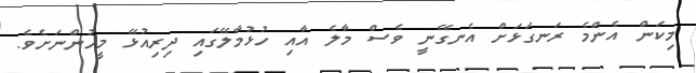
މިކަން އެންމެ ރަނގަޅަށް އެނގޭނީ ވެސް މާލެ އާއި ހުޅުމާލޭގައި ދިރިއުޅޭ މީހުންނަށެވެ.